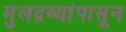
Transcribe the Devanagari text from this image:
मुलद्रव्यांपासून